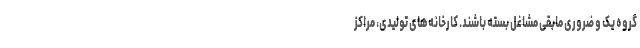
گروه یک و ضروری مابقی مشاغل بسته باشند. کارخانه‌های تولیدی، مراکز